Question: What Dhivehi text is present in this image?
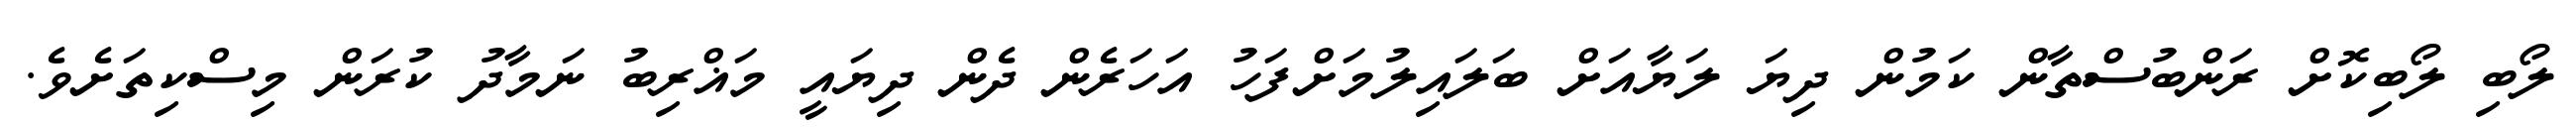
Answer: ލޯބި ލޯބިކޮށް ރަންބުސްތާން ކަމުން ދިޔަ ލަޔާއަށް ބަލައިލުމަށްފަހު އަހަރެން ދެން ދިޔައީ މަޣްރިބު ނަމާދު ކުރަން މިސްކިތަށެވެ.